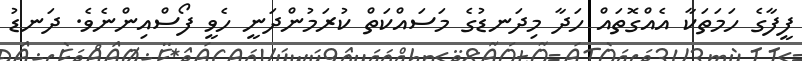
ފީފާގެ ހަމަތަކާ އެއްގޮތައް ހަދާ މިދަނޑުގެ މަސައްކަތް ކުރަމުންދަނީ ހެވީ ފޯސްއިންނެވެ. ދަނޑު